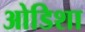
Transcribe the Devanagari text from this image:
ओडिशा